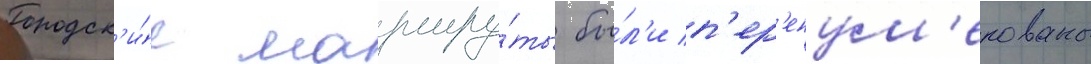
Городск'и́е маршру́ты бы́л'и п'ер'енум'ерованы